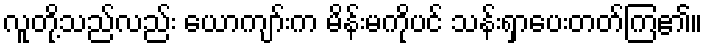
လူတို့သည်လည်း ယောကျာ်းက မိန်းမကိုပင် သန်းရှာပေးတတ်ကြ၏။